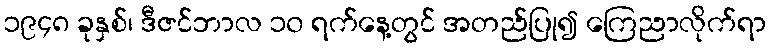
၁၉၄၈ ခုနှစ်၊ ဒီဇင်ဘာလ ၁၀ ရက်နေ့တွင် အတည်ပြု၍ ကြေညာလိုက်ရာ